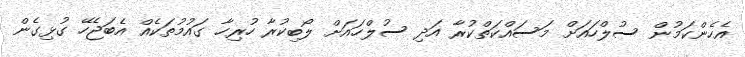
އެހެންކަމުން ސުލްހައަށް މަސައްކަތްކުރާ އަދި ސުލްހައަށް ލޯބިކުރާ ހުރިހާ ގައުމުތަކެއް އެބަޖެހޭ ގުޅިގެން